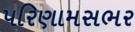
પરિણામસભર